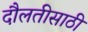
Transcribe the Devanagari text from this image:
दौलतीसाठी